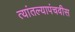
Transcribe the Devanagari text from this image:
त्यांतल्यापंचवीस